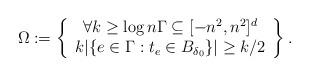
LaTeX: \begin{align*} \Omega :=\left\{\begin{array}{c}\forall k \ge \log n \Gamma \subseteq [-n^2,n^2]^d \\ k |\{e\in \Gamma : t_e\in B_{\delta _0} \}| \ge k/2 \end{array}\right\}.\end{align*}